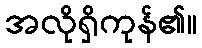
အလိုရှိကုန်၏။